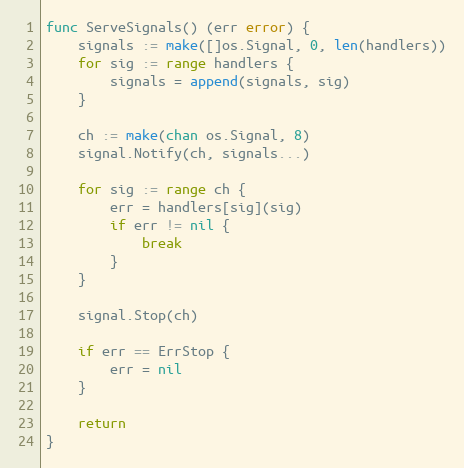
Language: Go
func ServeSignals() (err error) {
	signals := make([]os.Signal, 0, len(handlers))
	for sig := range handlers {
		signals = append(signals, sig)
	}

	ch := make(chan os.Signal, 8)
	signal.Notify(ch, signals...)

	for sig := range ch {
		err = handlers[sig](sig)
		if err != nil {
			break
		}
	}

	signal.Stop(ch)

	if err == ErrStop {
		err = nil
	}

	return
}